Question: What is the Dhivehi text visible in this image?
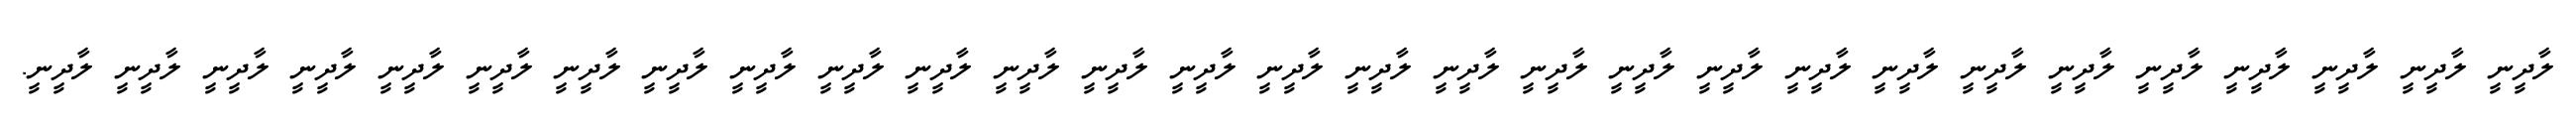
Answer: ލާދީނީ ލާދީނީ ލާދީނީ ލާދީނީ ލާދީނީ ލާދީނީ ލާދީނީ ލާދީނީ ލާދީނީ ލާދީނީ ލާދީނީ ލާދީނީ ލާދީނީ ލާދީނީ ލާދީނީ ލާދީނީ ލާދީނީ ލާދީނީ ލާދީނީ ލާދީނީ ލާދީނީ ލާދީނީ ލާދީނީ ލާދީނީ ލާދީނީ ލާދީނީ ލާދީނީ ލާދީނީ ލާދީނީ.